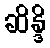
ဆိန္ဒိ